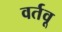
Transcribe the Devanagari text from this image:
वर्तवू